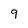
Character: 9